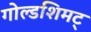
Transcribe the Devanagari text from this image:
गोल्डशिमट्